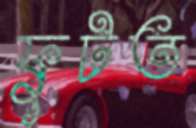
ফুটত